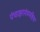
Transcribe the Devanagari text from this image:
पंचाक्षरमंत्रमहिमा